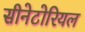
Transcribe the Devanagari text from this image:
सीनेटोरियल